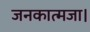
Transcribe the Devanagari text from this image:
जनकात्मजा।